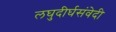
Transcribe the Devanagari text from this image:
लघुदीर्घसंवेदी